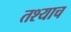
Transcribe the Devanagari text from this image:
तश्याच